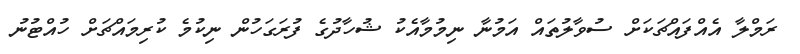
ރަމްލާ އެއްފައްޗަކަށް ސުވާލުތައް އަމުނާ ނިމުމާއެކު ޝުހާދުގެ ފުރަގަހުން ނިކުމެ ކުރިމައްޗަށް ހުއްޓުނު